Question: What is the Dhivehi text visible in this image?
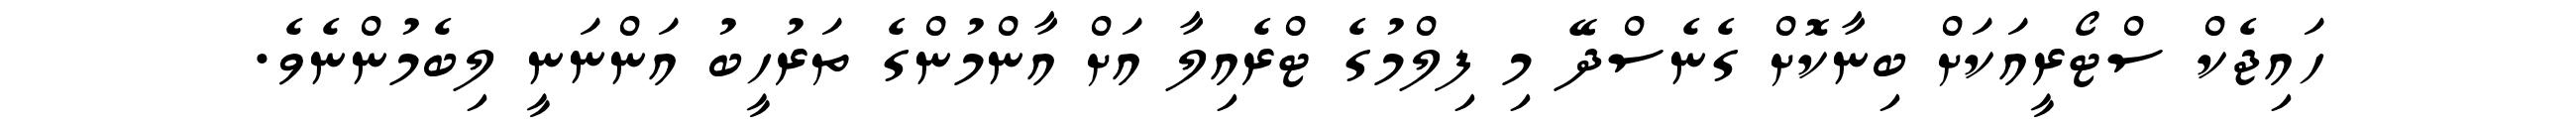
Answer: ހައިޖެކް ސްޓޯރީއަކަށް ބިނާކޮށް ގެނެސްދޭ މި ފިލްމުގެ ޓްރެއިލާ އަށް އާންމުންގެ ތަރުހީބު އަންނަނީ ލިބެމުންނެވެ.